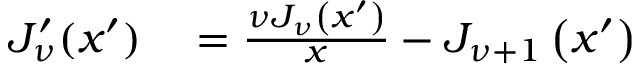
\begin{array} { r l } { J _ { \nu } ^ { \prime } ( x ^ { \prime } ) } & { { } = \frac { \nu J _ { \nu } \left( x ^ { \prime } \right) } { x } - J _ { \nu + 1 } \left( x ^ { \prime } \right) } \end{array}